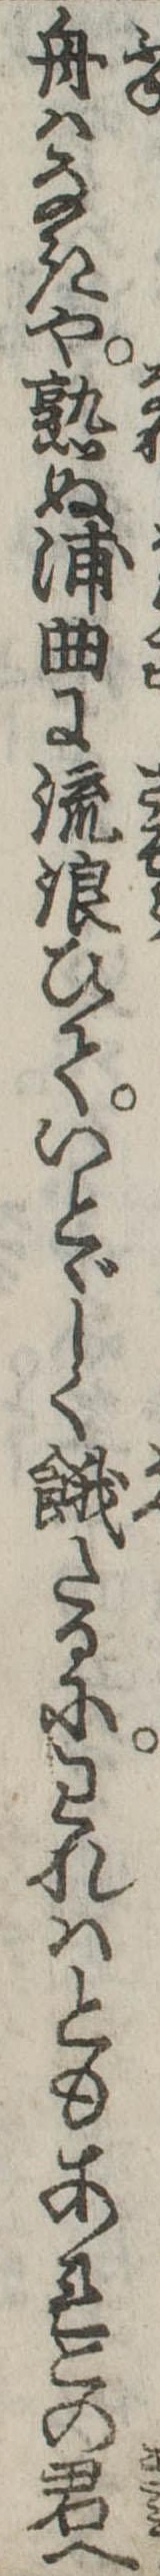
舟はなきや熟ぬ浦曲に流浪ひていとゞしく餓たるにわれはともあれこの君へ